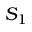
S _ { 1 }